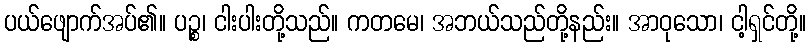
ပယ်ဖျောက်အပ်၏။ ပဉ္စ၊ ငါးပါးတို့သည်။ ကတမေ၊ အဘယ်သည်တို့နည်း။ အာဝုသော၊ ငါ့ရှင်တို့။